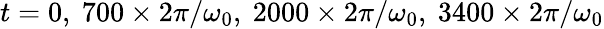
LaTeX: t=0,\ 700\times 2\pi/\omega_{0},\ 2000\times 2\pi/\omega_{0},\ 3400\times 2\pi/\omega_{0}